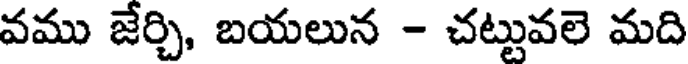
వము జేర్చి, బయలున - చట్టువలె మది